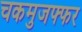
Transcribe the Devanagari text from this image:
चकमुजफ्फर